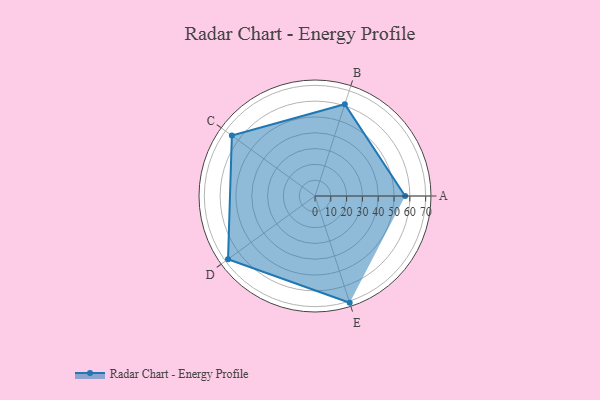
{"axis": {"x": "Skill", "y": "Score"}, "legend": ["Profile"], "data": [{"x": "A", "y": 57.0, "type": "Profile"}, {"x": "B", "y": 61.0, "type": "Profile"}, {"x": "C", "y": 65.0, "type": "Profile"}, {"x": "D", "y": 68.0, "type": "Profile"}, {"x": "E", "y": 71.0, "type": "Profile"}]}